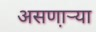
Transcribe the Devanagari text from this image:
असणा़ऱ्या